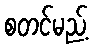
စတင်မည့်